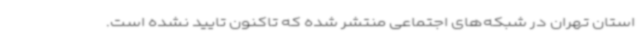
استان تهران در شبکه‌های اجتماعی منتشر شده که تاکنون تایید نشده است.